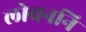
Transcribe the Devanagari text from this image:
लोचननि